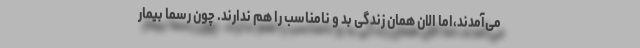
می‌آمدند،اما الان همان زندگی بد و نامناسب را هم ندارند. چون رسما بیمار